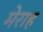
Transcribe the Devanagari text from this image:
मेराह